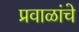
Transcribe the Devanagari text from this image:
प्रवाळांचे